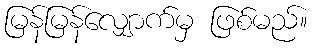
မြန်မြန်လျှောက်မှ ဖြစ်မည်။